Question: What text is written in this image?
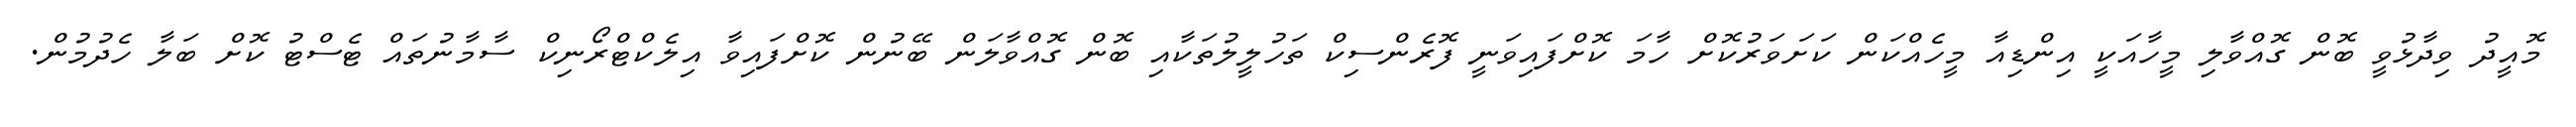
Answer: މޮއީދު ވިދާޅުވީ ބޮން ގޮއްވާލި މީހާއަކީ އިންޑިއާ މީހެއްކަން ކަށަވަރުކޮށް ހާމަ ކޮށްފައިވަނީ ފޮރެންސިކް ތަހުލީލުތަކާއި ބޮން ގޮއްވާލަން ބޭނުން ކޮށްފައިވާ އިލެކްޓްރޯނިކް ސާމާނުތައް ޓެސްޓު ކޮށް ބަލާ ހެދުމުން.